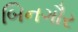
બિનગૌર